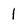
Character: 1